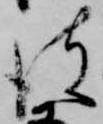
彼